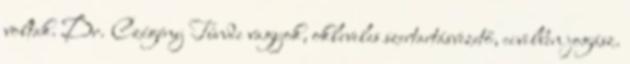
voltak. Dr. Czégény Tünde vagyok, okleveles szertartásvezető, civilben jogász.